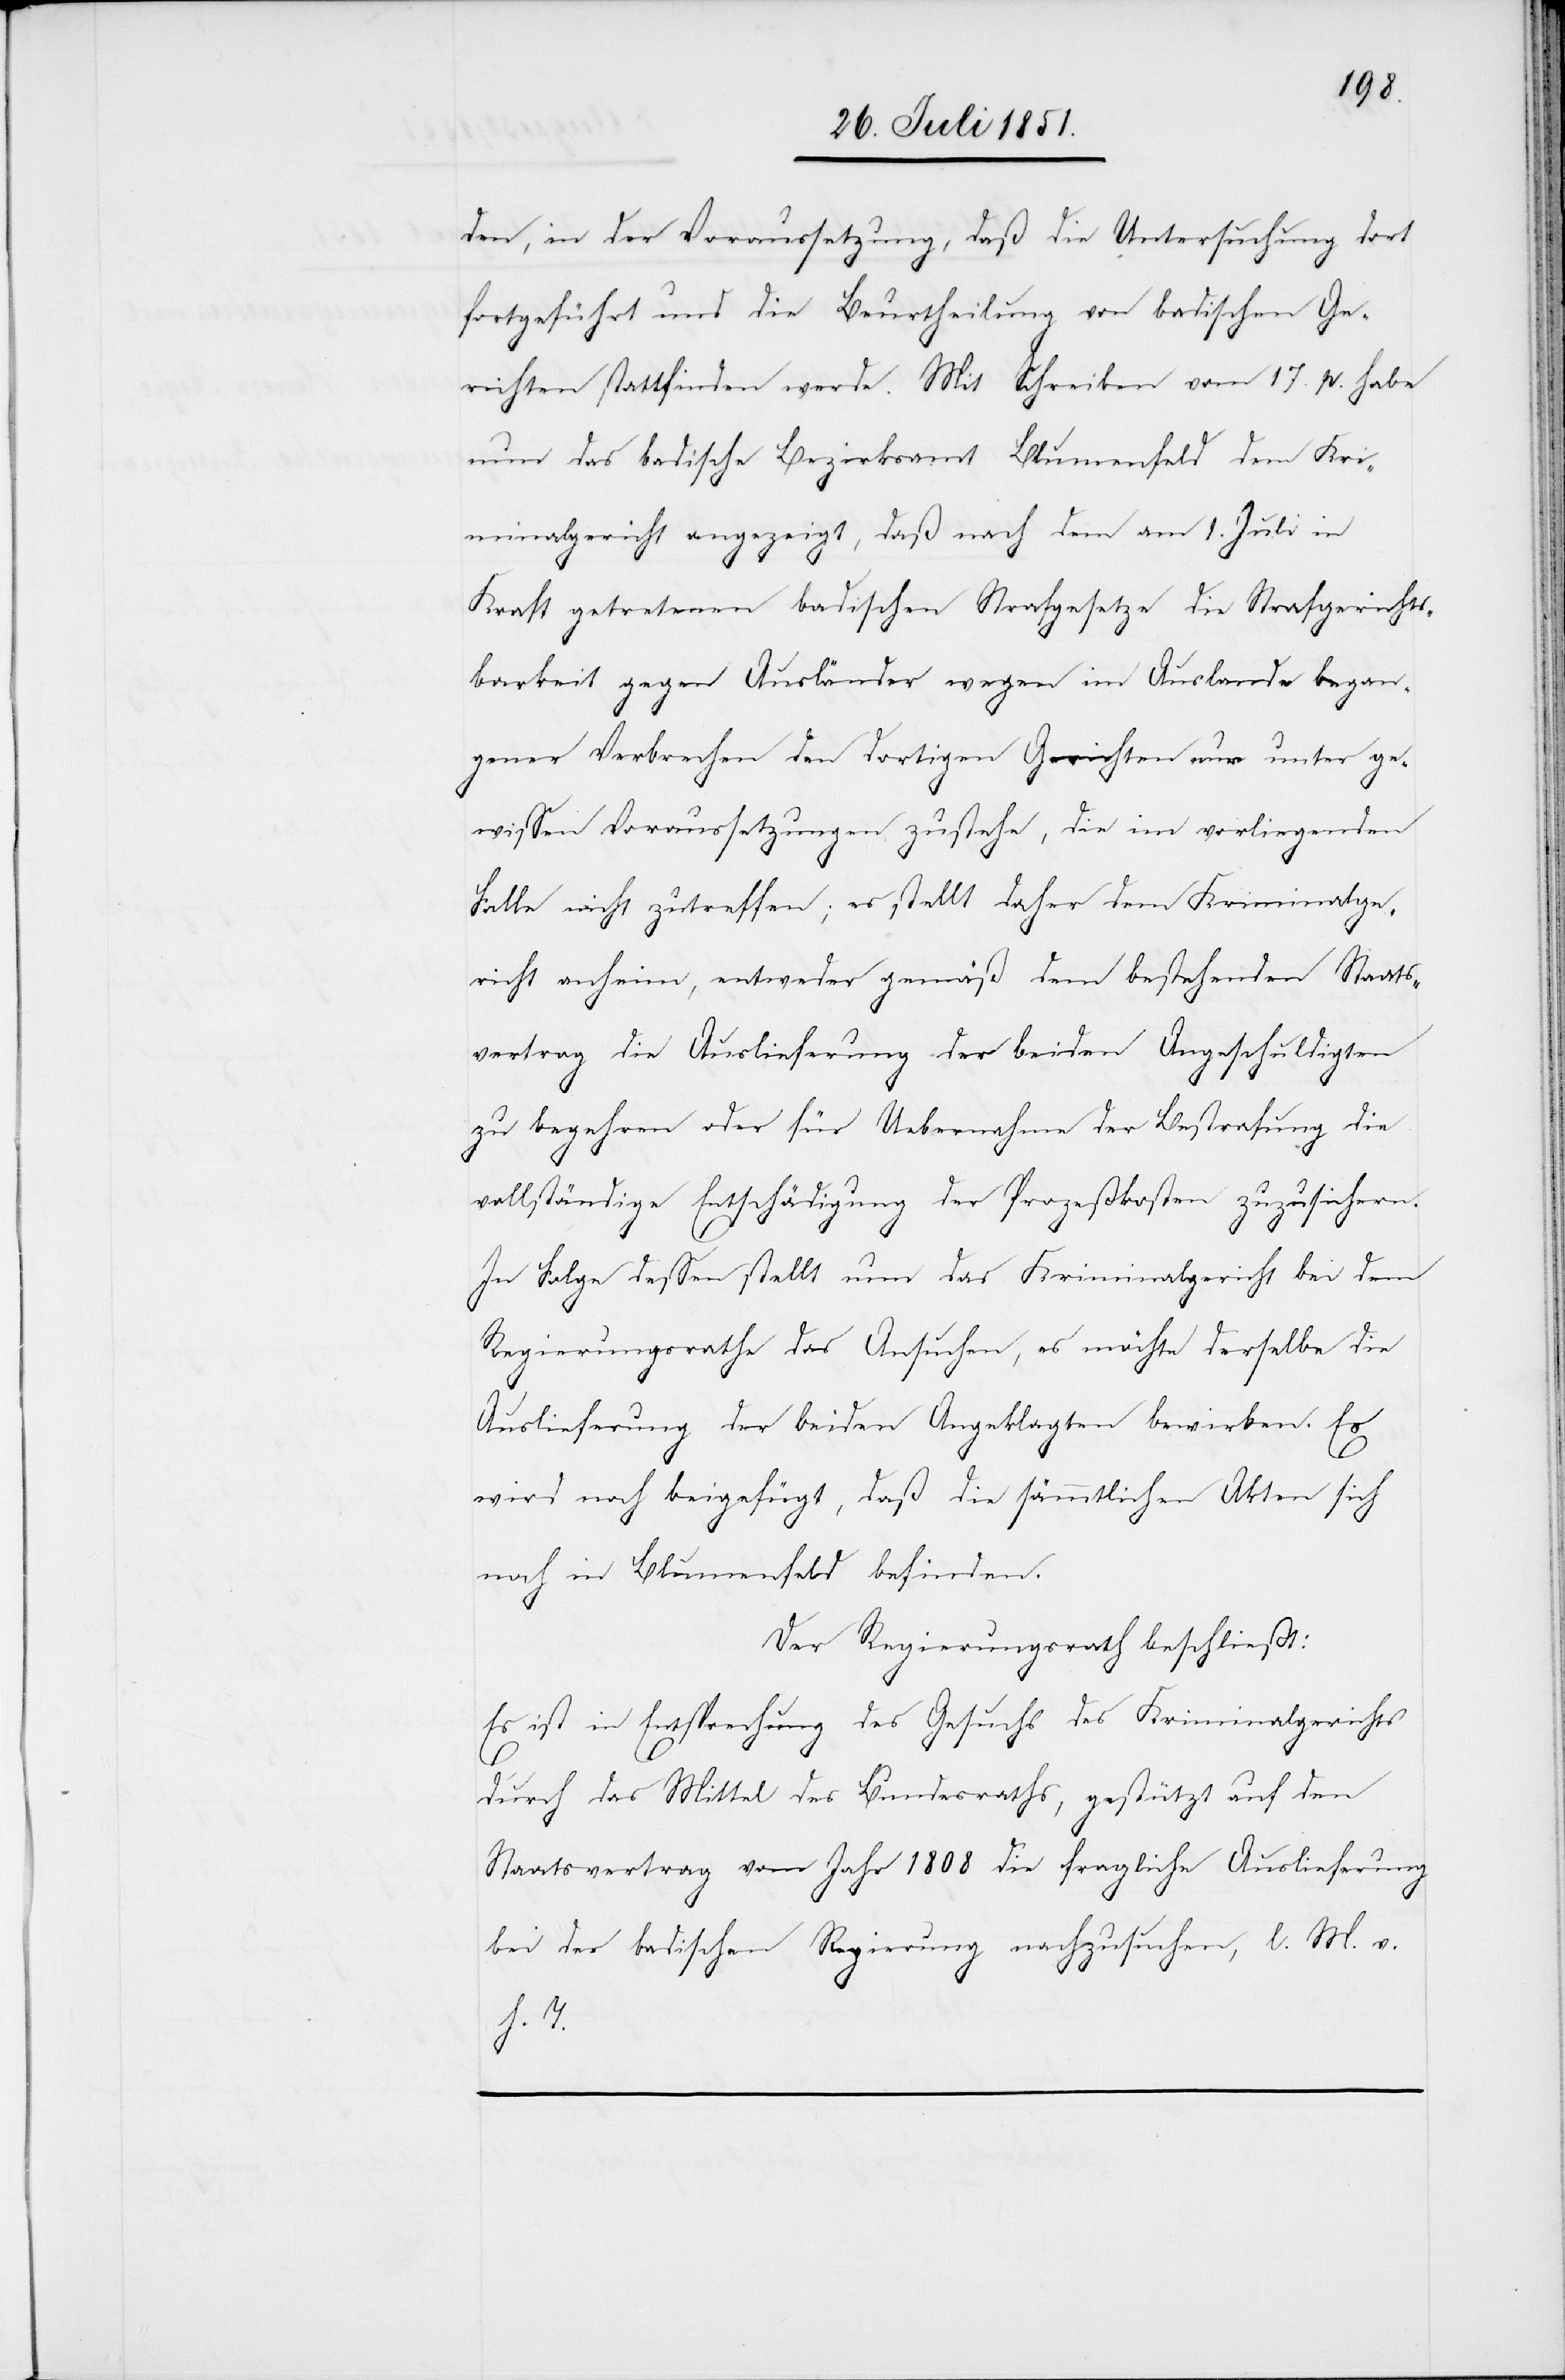
den, in der Voraussetzung, daß die Untersuchung dort
fortgeführt und die Beurtheilung von badischen Ge¬
richten stattfinden werde. Mit Schreiben vom 17. p. habe
nun das badische Bezirksamt Blumenfeld dem Kri¬
minalgericht angezeigt, daß nach dem am 1. Juli in
Kraft getretenen badischen Strafgesetze die Strafgerichts¬
barkeit gegen Ausländer wegen im Auslande began¬
gener Verbrechen den dortigen Gerichten nur unter ge¬
wissen Voraussetzungen zustehe, die im vorliegenden
Falle nicht zutreffen; es stellt daher dem Kriminalge¬
richt anheim, entweder gemäß dem bestehenden Staats¬
vertrag die Auslieferung der beiden Angeschuldigten
zu begehren oder für Uebernahme der Bestrafung die
vollständige Entschädigung der Prozeßkosten zuzusichern.
In Folge dessen stellt nun das Kriminalgericht bei dem
Regierungsrathe das Ansuchen, es möchte derselbe die
Auslieferung der beiden Angeklagten bewirken. Es
wird noch beigefügt, daß die sämmtlichen Akten sich
noch in Blumenfeld befinden.
Der Regierungsrath beschließt:
Es ist in Entsprechung des Gesuchs des Kriminalgerichts
durch das Mittel des Bundesraths, gestützt auf den
Staatsvertrag vom Jahr 1808 die fragliche Auslieferung
bei der badischen Regierung nachzusuchen, l. M. v.
h. T.